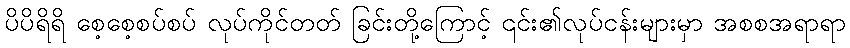
ပိပိရိရိ စေ့စေ့စပ်စပ် လုပ်ကိုင်တတ် ခြင်းတို့ကြောင့် ၎င်း၏လုပ်ငန်းများမှာ အစစအရာရာ